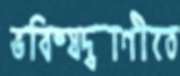
ভবিষ্যদ্বাণীতে